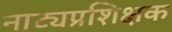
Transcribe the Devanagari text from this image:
नाट्यप्रशिक्षक